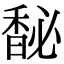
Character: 馝